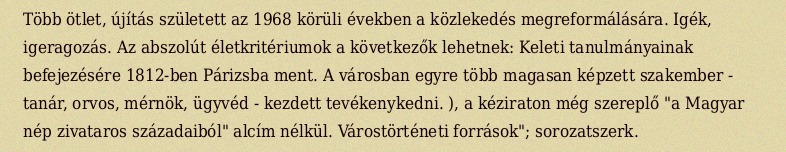
Több ötlet, újítás született az 1968 körüli években a közlekedés megreformálására. Igék, igeragozás. Az abszolút életkritériumok a következők lehetnek: Keleti tanulmányainak befejezésére 1812-ben Párizsba ment. A városban egyre több magasan képzett szakember - tanár, orvos, mérnök, ügyvéd - kezdett tevékenykedni. ), a kéziraton még szereplő "a Magyar nép zivataros századaiból" alcím nélkül. Várostörténeti források"; sorozatszerk.